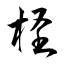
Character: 柽